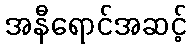
အနီရောင်အဆင့်